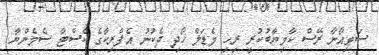
ސަވިއޯނާ ރޭސް ކާމިޔާބުކުރީ ރިހި މެޑަލް ހޯދި ދެކުނު އެފްރިކާގެ ކެސްޓާ ސެމެންޔާ